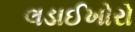
લડાઈખોરો